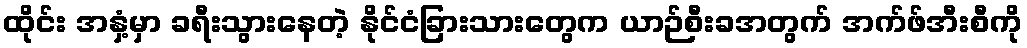
ထိုင်း အနှံ့မှာ ခရီးသွားနေတဲ့ နိုင်ငံခြားသားတွေက ယာဉ်စီးခအတွက် အက်ဖ်အီးစီကို